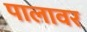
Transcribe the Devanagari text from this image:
पालावर